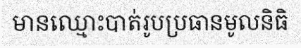
មានឈ្មោះបាត់រូបប្រធានមូលនិធិ